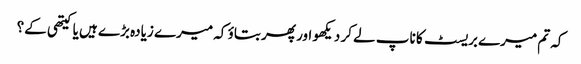
کہ تم میرے بریسٹ کا ناپ لے کر دیکھو اور پھر بتاؤ کہ میرے زیادہ بڑے ہیں یا کیتھی کے؟